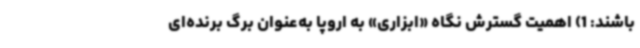
باشند: 1) اهمیت گسترش نگاه «ابزاری» به اروپا به‌عنوان برگ برنده‌ای